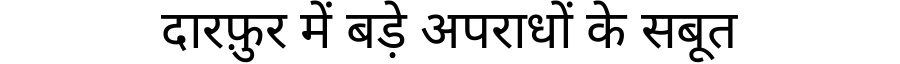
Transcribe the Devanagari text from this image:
दारफ़ुर में बड़े अपराधों के सबूत